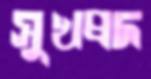
সুখপ্রদ